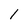
Character: 1